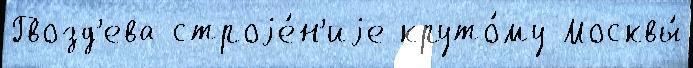
Гвозд'ева строjе́н'иjе круто́му Москвы́